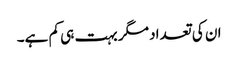
ان کی تعداد مگر بہت ہی کم ہے۔